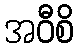
အဝီစိ